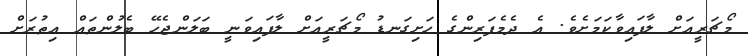
މޯޗަރީއަށް ލާފައިވާކަމަށެވެ. އެ ދެމެފަރިންގެ ހަށިގަނޑު މޯޗަރީއަށް ލާފައިވަނީ ބަލަންޖެހޭ ބެލުންތައް އިތުރަށް